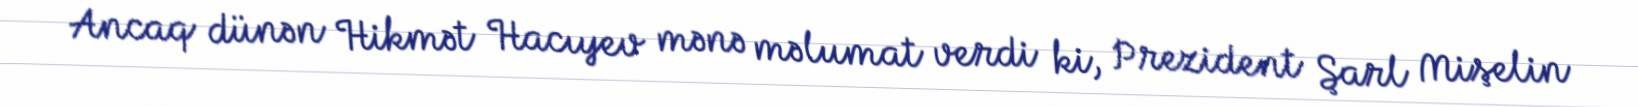
Ancaq dünən Hikmət Hacıyev mənə məlumat verdi ki, Prezident Şarl Mişelin